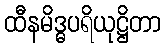
ထီနမိဒ္ဓပရိယုဋ္ဌိတာ